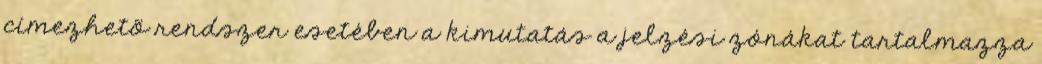
címezhetõ rendszer esetében a kimutatás a jelzési zónákat tartalmazza